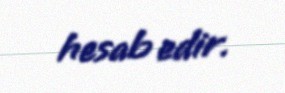
hesab edir.